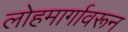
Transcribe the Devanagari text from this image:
लोहमार्गावरून